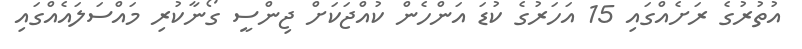
އުތުރުގެ ރަށެއްގައި 15 އަހަރުގެ ކުޑަ އަންހެން ކުއްޖަކަށް ޖިންސީ ގޯނާކުރި މައްސަލައެއްގައި